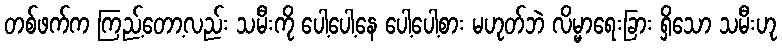
တစ်ဖက်က ကြည့်တော့လည်း သမီးကို ပေါ့ပေါ့နေ ပေါ့ပေါ့စား မဟုတ်ဘဲ လိမ္မာရေးခြား ရှိသော သမီးဟု